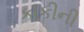
કાકીની